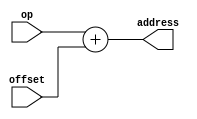
module address_calc(
    input [63:0] op,
    input [63:0] offset,
    output reg [63:0] address
);
  reg compute_wait;

  always @(*)
  begin
      address = op + offset; 
  end


endmodule